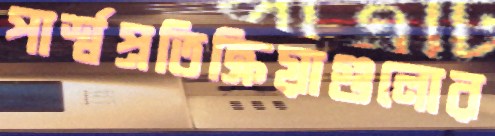
পার্শ্বপ্রতিক্রিয়াগুলোর